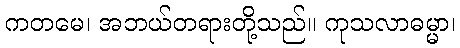
ကတမေ၊ အဘယ်တရားတို့သည်။ ကုသလာဓမ္မာ၊